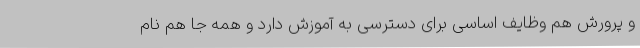
و پرورش هم وظایف اساسی برای دسترسی به آموزش دارد و همه جا هم نام